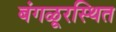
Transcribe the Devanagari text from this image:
बंगळूरस्थित